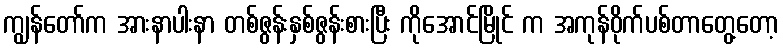
ကျွန်တော်က အားနာပါးနာ တစ်ဇွန်းနှစ်ဇွန်းစားပြီး ကိုအောင်မြိုင် က အကုန်ဝိုက်ပစ်တာတွေ့တော့